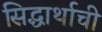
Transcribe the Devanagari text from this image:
सिद्धार्थाची